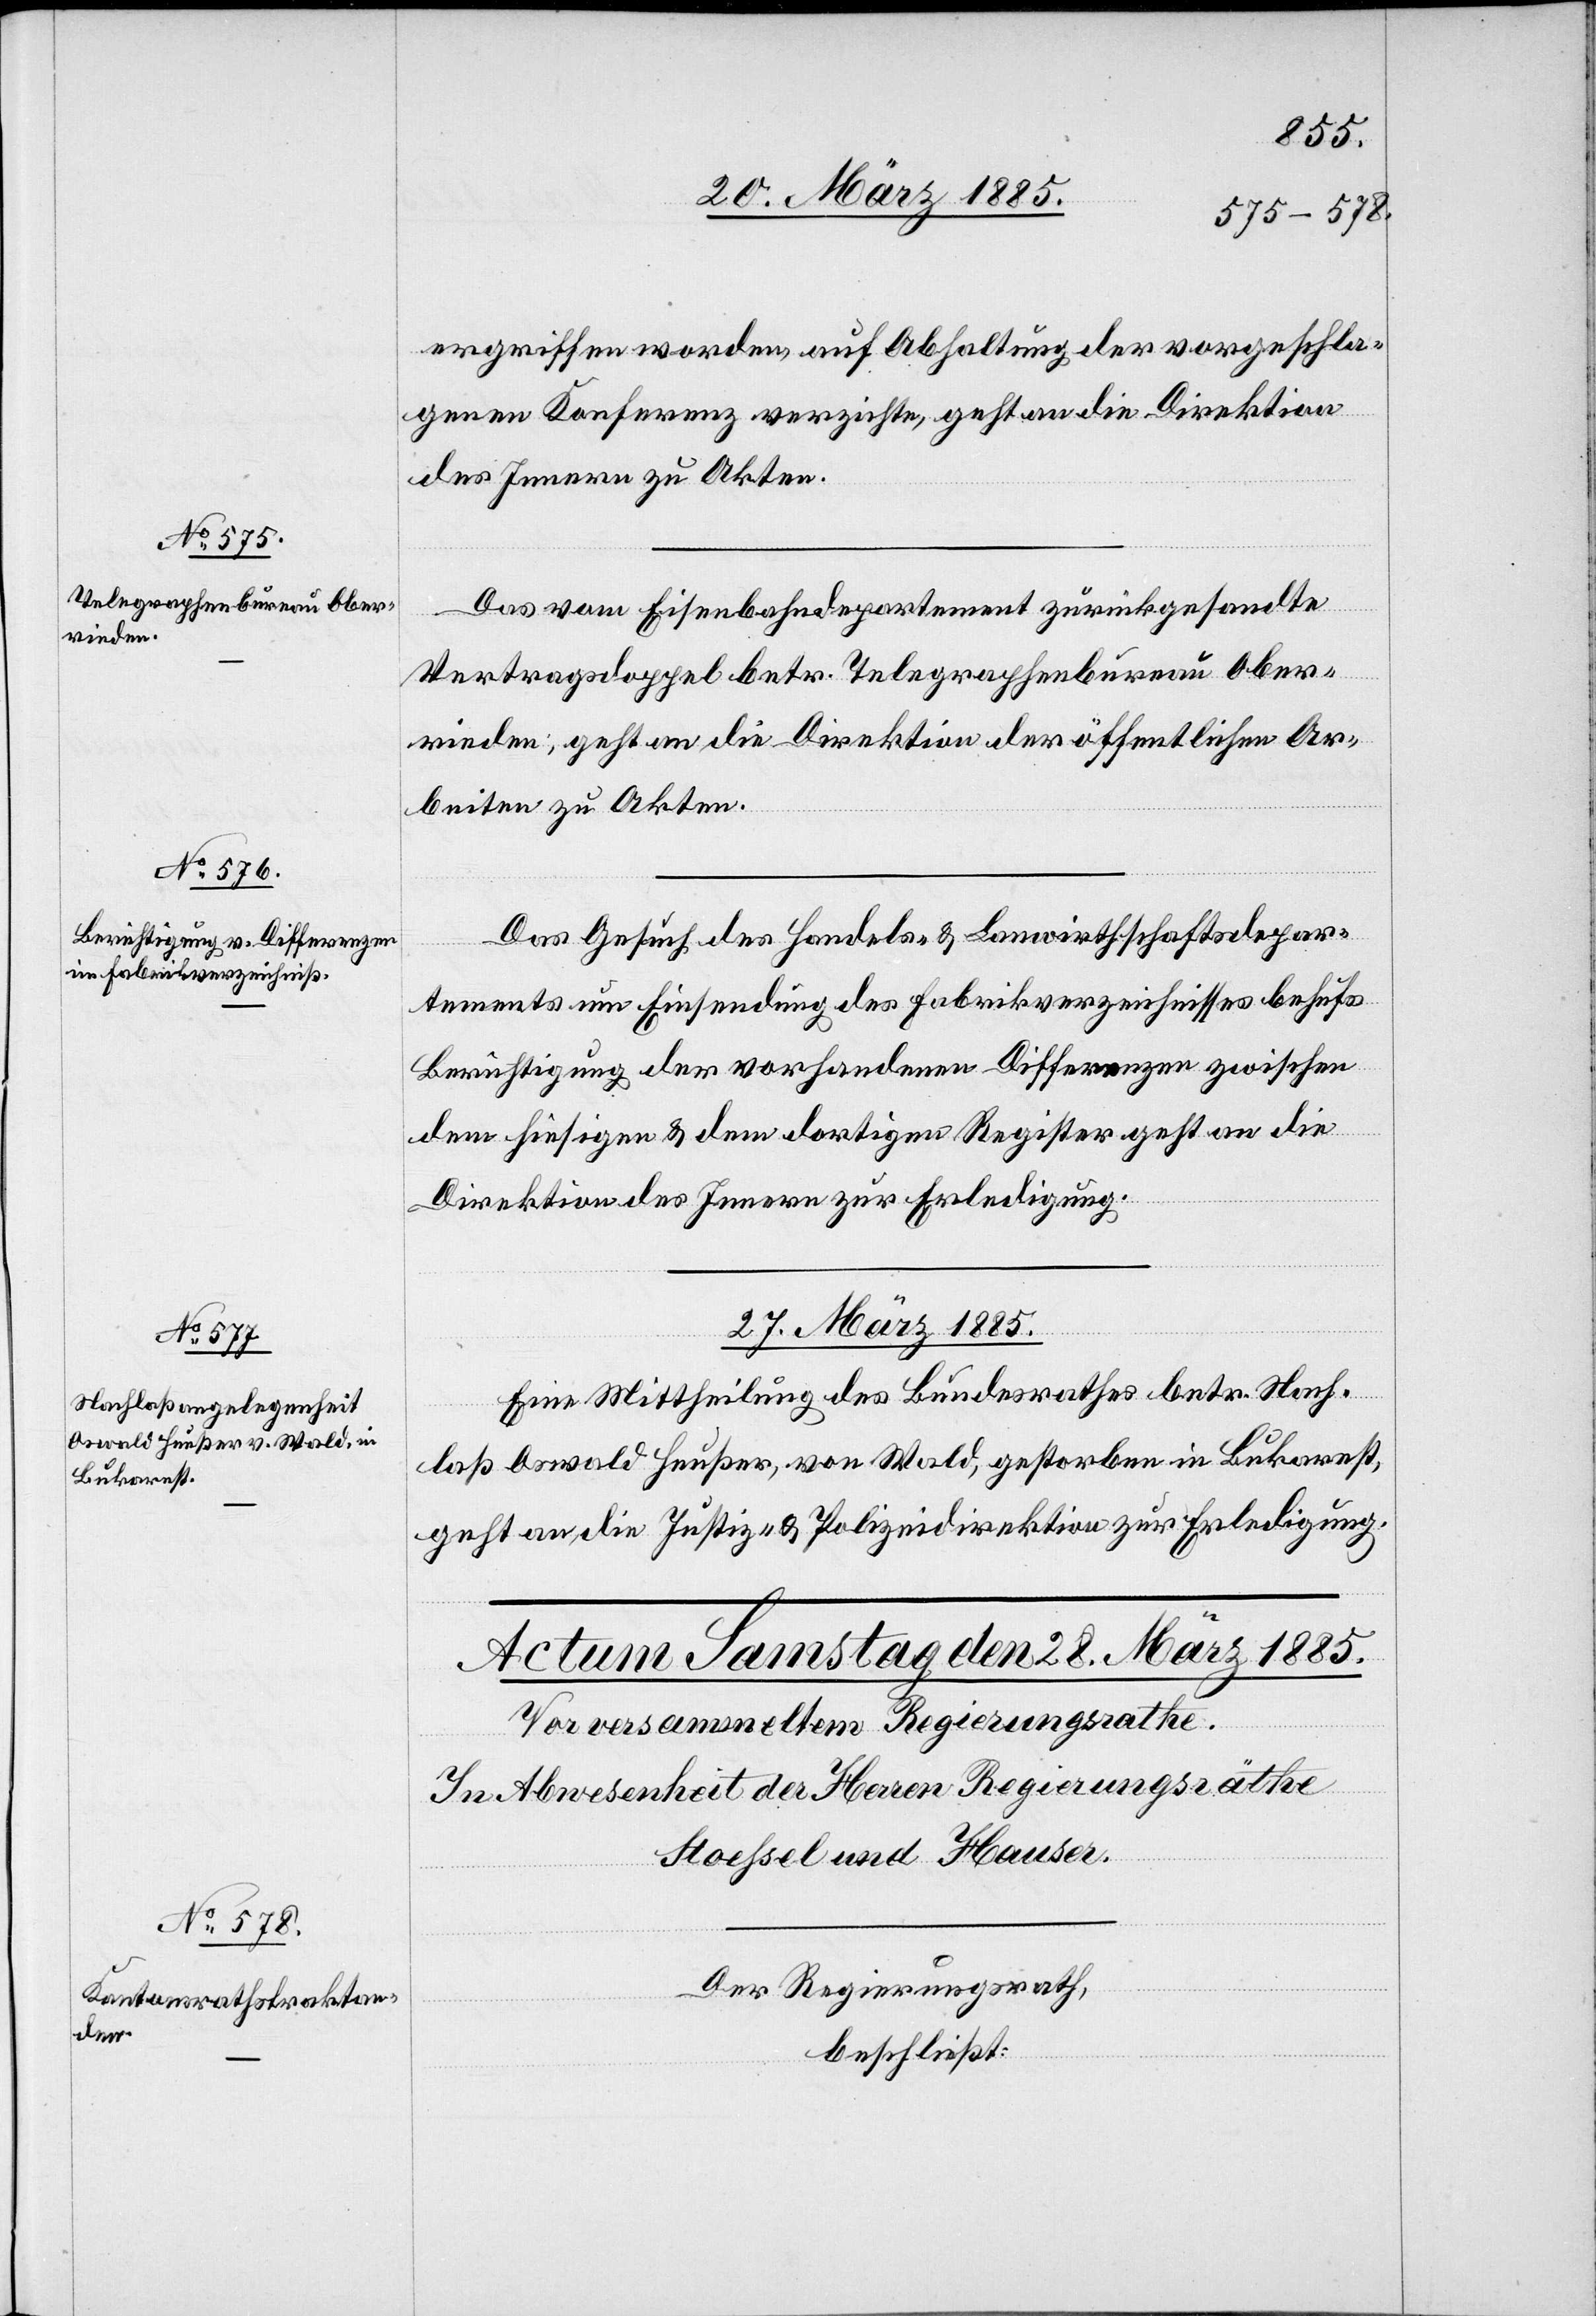
26. März 1885.]
ergriffen worden, auf Abhaltung der vorgeschla¬
genen Konferenz verzichte, geht an die Direktion
des Innern zu Akten.
Das vom Eisenbahndepartement zurückgesandte
Vertragsdoppel betr. Telegraphenbureau Ober¬
rieden, geht an die Direktion der öffentlichen Ar¬
beiten zu Akten.
Das Gesuch des Handels- & Landwirthschaftsdepar¬
tments um Einsendung des Fabrikverzeichnisses behufs
Berichtigung der vorhandenen Differenzen zwischen
dem hiesigen & dem dortigen Register geht an die
Direktion des Innern zur Erledigung.
27. März 1885.
Eine Mittheilung des Bundesrathes betr. Nach¬
laß Oswald Heußer, von Wald, gestorben in Bukarest,
geht an die Justiz- & Polizeidirektion zur Erledigung.
Der Regierungsrath,
beschließt: